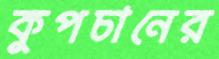
কুপচানের